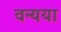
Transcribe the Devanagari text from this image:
वन्यया